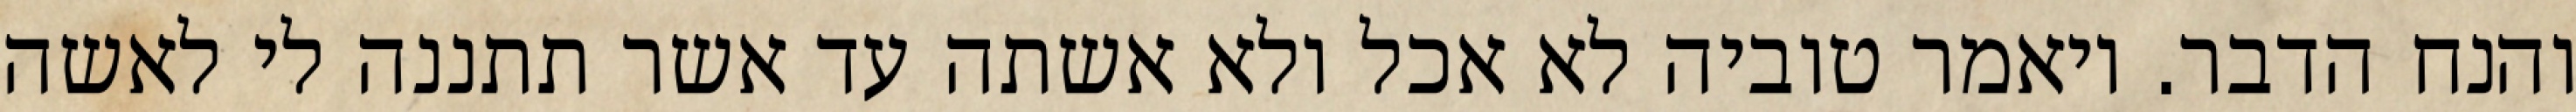
והנח הדבר. ויאמר טוביה לא אכל ולא אשתה עד אשר תתננה לי לאשה